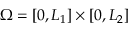
\Omega = [ 0 , L _ { 1 } ] \times [ 0 , L _ { 2 } ]